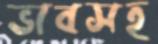
ভাবসহ